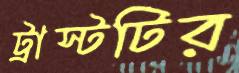
ট্রাস্টটির